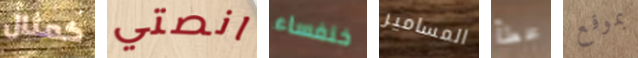
كمثال انصتي خنفساء المسامير مخطأ بموقع